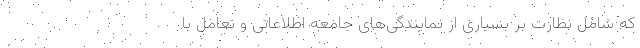
که شامل نظارت بر بسیاری از نمایندگی‌های جامعه اطلاعاتی و تعامل با